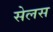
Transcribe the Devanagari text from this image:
सेलस